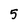
Character: 5